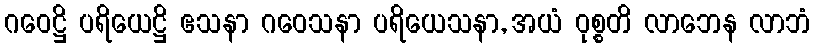
ဂဝေဋ္ဌိ ပရိယေဋ္ဌိ ဧသနာ ဂဝေသနာ ပရိယေသနာ, အယံ ဝုစ္စတိ လာဘေန လာဘံ